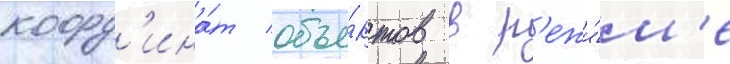
коорд'ина́т объе́ктов в р'ежи́м'е